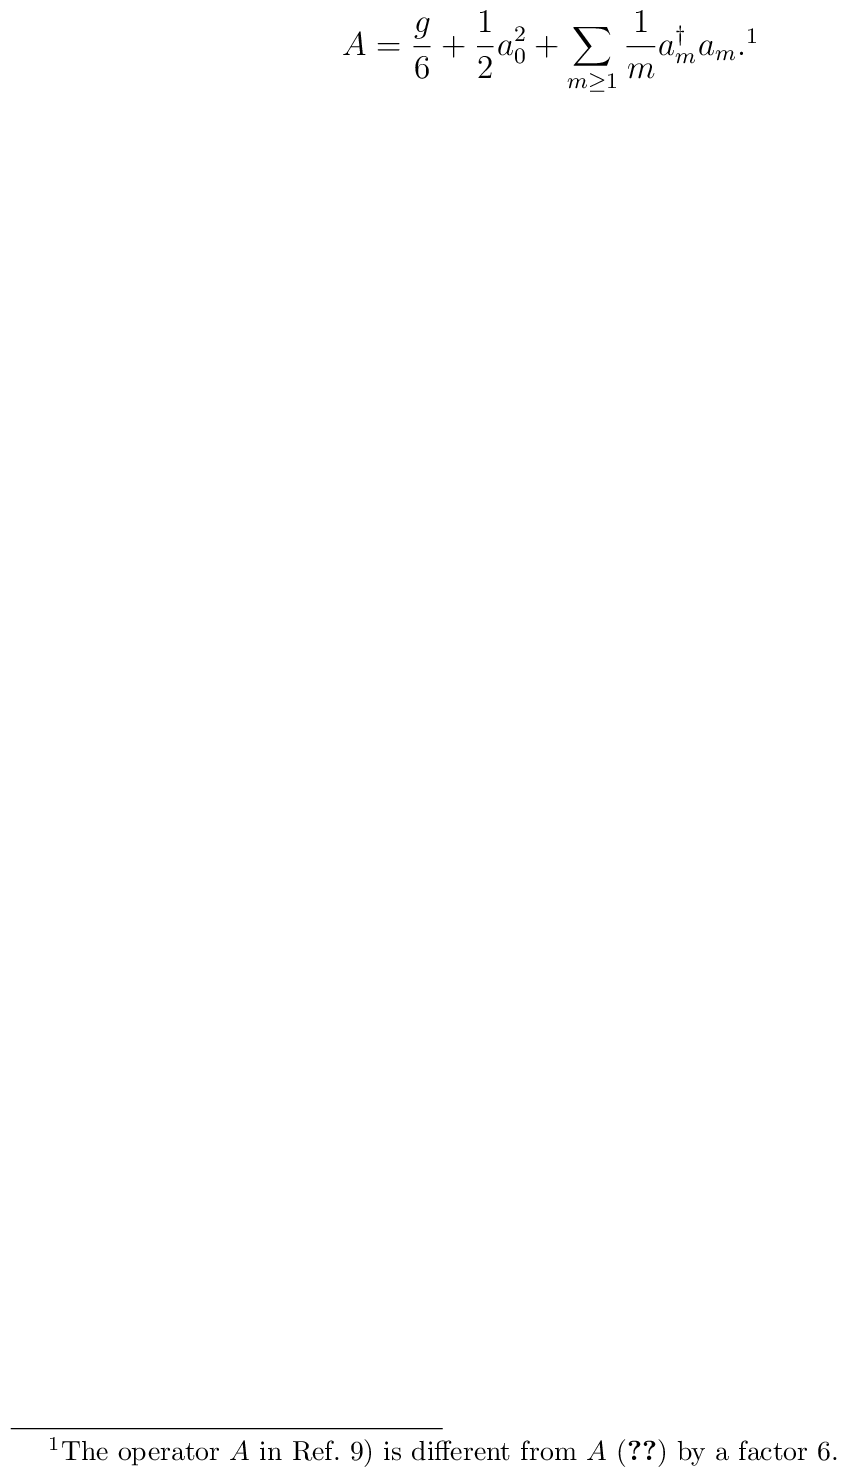
A={g \over 6}+{1 \over 2}a_{0}^{2}+\sum _{m \geq 1}{1 \over m}a_{m}^{\dagger}a_{m}. \footnote{The operator $A$ in Ref.~9) is different from $A$ ($\ref{A}$) by a factor 6.}